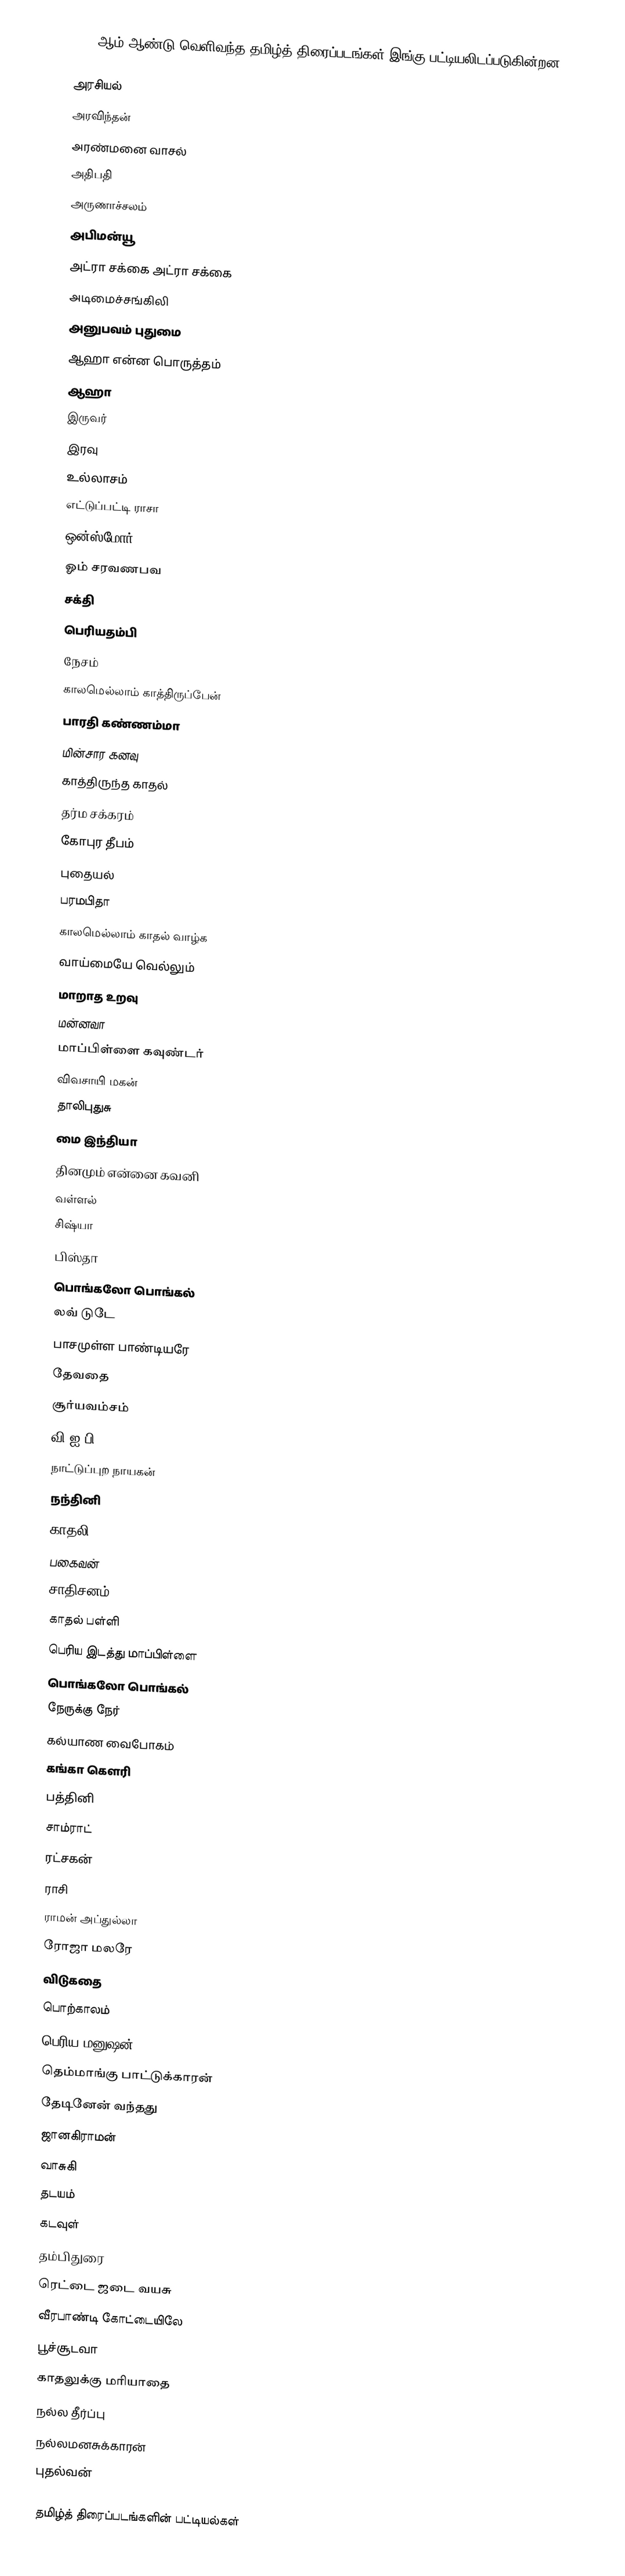
1997 ஆம் ஆண்டு வெளிவந்த தமிழ்த் திரைப்படங்கள் இங்கு பட்டியலிடப்படுகின்றன.

அரசியல்
அரவிந்தன்
அரண்மனை வாசல்
அதிபதி
அருணாச்சலம்
அபிமன்யூ
அட்ரா சக்கை அட்ரா சக்கை
அடிமைச்சங்கிலி
அனுபவம் புதுமை
ஆஹா என்ன பொருத்தம்
ஆஹா
இருவர்
இரவு
உல்லாசம்
எட்டுப்பட்டி ராசா
ஒன்ஸ்மோர்
ஓம் சரவணபவ
சக்தி
பெரியதம்பி
நேசம்
காலமெல்லாம் காத்திருப்பேன்
பாரதி கண்ணம்மா
மின்சார கனவு
காத்திருந்த காதல்
தர்ம சக்கரம்
கோபுர தீபம்
புதையல்
பரமபிதா
காலமெல்லாம் காதல் வாழ்க
வாய்மையே வெல்லும்
மாறாத உறவு
மன்னவா
மாப்பிள்ளை கவுண்டர்
விவசாயி மகன்
தாலிபுதுசு
மை இந்தியா
தினமும் என்னை கவனி
வள்ளல்
சிஷ்யா
பிஸ்தா
பொங்கலோ பொங்கல்
லவ் டுடே
பாசமுள்ள பாண்டியரே
தேவதை
சூர்யவம்சம்
வி.ஐ.பி
நாட்டுப்புற நாயகன்
நந்தினி
காதலி
பகைவன்
சாதிசனம்
காதல் பள்ளி
பெரிய இடத்து மாப்பிள்ளை
பொங்கலோ பொங்கல்
நேருக்கு நேர்
கல்யாண வைபோகம்
கங்கா கௌரி
பத்தினி
சாம்ராட்
ரட்சகன்
ராசி
ராமன் அப்துல்லா
ரோஜா மலரே
விடுகதை
பொற்காலம்
பெரிய மனுஷன்
தெம்மாங்கு பாட்டுக்காரன்
தேடினேன் வந்தது
ஜானகிராமன்
வாசுகி
தடயம்
கடவுள்
தம்பிதுரை
ரெட்டை ஜடை வயசு
வீரபாண்டி கோட்டையிலே
பூச்சூடவா
காதலுக்கு மரியாதை
நல்ல தீர்ப்பு
நல்லமனசுக்காரன்
புதல்வன்

தமிழ்த் திரைப்படங்களின் பட்டியல்கள்